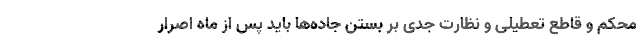
محکم و قاطع تعطیلی و نظارت جدی بر بستن جاده‌ها باید پس از ماه اصرار